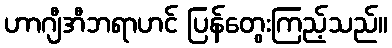
ဟာဂျီအီဘရာဟင် ပြန်တွေးကြည့်သည်။